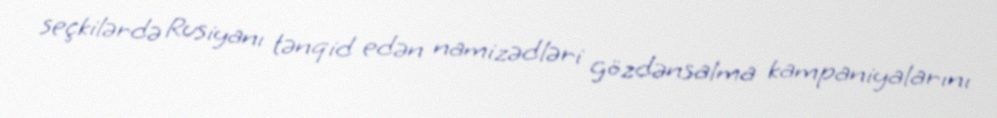
seçkilərdə Rusiyanı tənqid edən namizədləri gözdənsalma kampaniyalarını